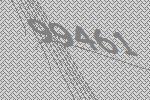
99461